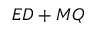
E D + M Q